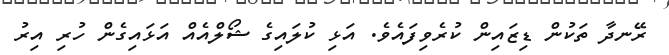
ރޭނދާ ތަކުން ޑިޒައިން ކުރެވިފައެވެ. އަޅި ކުލައިގެ ޝޯލްއެއް އަޅައިގެން ހުރި އިރު